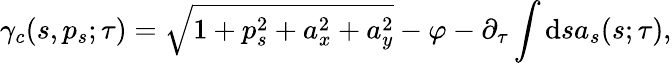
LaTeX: \gamma_{c}{\left(s,p_{s};\tau\right)}={\sqrt{1+p_{s}^{2}+a_{x}^{2}+a_{y}^{2}}}-\varphi-\partial_{\tau}\int\mathrm{d}sa_{s}{\left(s;\tau\right)},